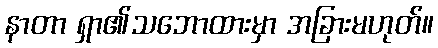
နာတာ ရှာ၏သဘောထားမှာ အခြားမဟုတ်။